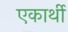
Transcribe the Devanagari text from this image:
एकार्थी